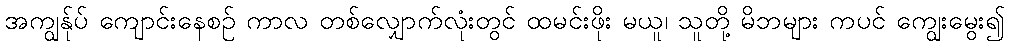
အကျွန်ုပ် ကျောင်းနေစဉ် ကာလ တစ်လျှောက်လုံးတွင် ထမင်းဖိုး မယူ၊ သူတို့ မိဘများ ကပင် ကျွေးမွေး၍